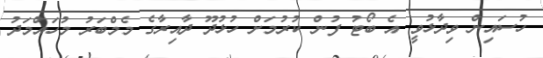
ހުސައިން ވިދާޅުވީ އެ ބޯޓު ފުން ކުރުމަށް ހުޅުދޫ ދާއިރާގެ މެމްބަރު މުހައްމަދު